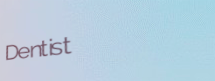
Dentist